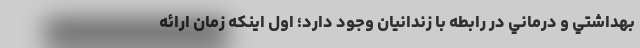
بهداشتي و درماني در رابطه با زندانيان وجود دارد؛ اول اينكه زمان ارائه